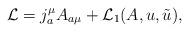
LaTeX: \begin{align*}{\cal L}=j^\mu_a A_{a\mu}+{\cal L}_1(A,u,\tilde u),\end{align*}